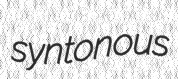
syntonous